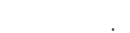
: